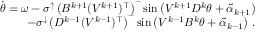
\begin{array} { r } { \dot { \theta } = \omega - \sigma ^ { \uparrow } \left( B ^ { k + 1 } ( V ^ { k + 1 } ) ^ { \top } \right) ^ { - } \sin \left( V ^ { k + 1 } D ^ { k } \theta + \widetilde \alpha _ { k + 1 } \right) } \\ { - \sigma ^ { \downarrow } \left( D ^ { k - 1 } ( V ^ { k - 1 } ) ^ { \top } \right) ^ { - } \sin \left( V ^ { k - 1 } B ^ { k } \theta + \widetilde \alpha _ { k - 1 } \right) \, . } \end{array}